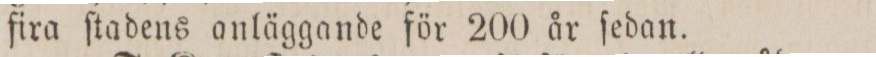
fira ſtadens anläggande för 200 år ſedan.